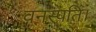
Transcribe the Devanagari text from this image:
वनस्पति।